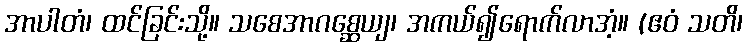
အာပါတံ၊ ထင်ခြင်းသို့။ သစေအာဂစ္ဆေယျ၊ အကယ်၍ရောက်လာအံ့။ (ဧဝံ သတိ၊